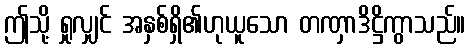
ဤသို့ ရှုလျှင် အနှစ်ရှိ၏ဟုယူသော တဏှာဒိဋ္ဌိကွာသည်။